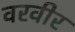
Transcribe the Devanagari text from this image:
वरवीर